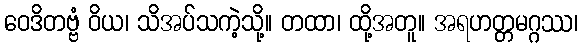
ဝေဒိတဗ္ဗံ ဝိယ၊ သိအပ်သကဲ့သို့။ တထာ၊ ထို့အတူ။ အရဟတ္တမဂ္ဂဿ၊